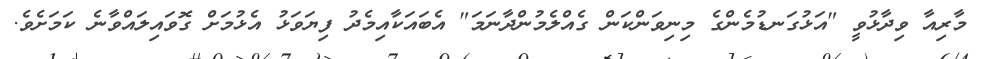
މާރިއާ ވިދާޅުވީ "އަޅުގަނޑުމެންގެ މިނިވަންކަން ގެއްލެމުންދާނަމަ" އެބައަކާއިމެދު ފިޔަވަޅު އެޅުމަށް ގޮވައިލައްވާނެ ކަމަށެވެ.